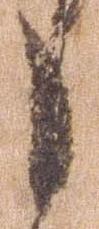
之